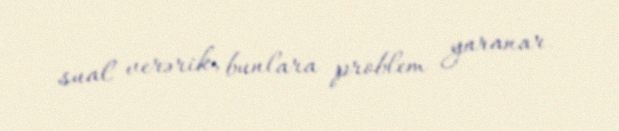
sual verərik, bunlara problem yaranar.